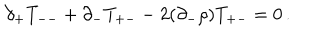
LaTeX: \partial _ { + } T _ { -- } + \partial _ { - } T _ { + - } - 2 ( \partial _ { - } \rho ) T _ { + - } = 0 \, .